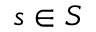
s \in S